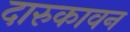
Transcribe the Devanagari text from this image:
दारुकावन